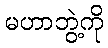
မဟာဘွဲ့ကို